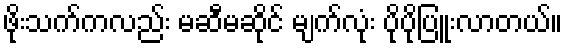
ဖိုးသက်ကလည်း မဆီမဆိုင် မျက်လုံး ပိုပိုပြူးလာတယ်။